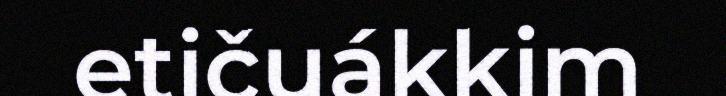
etičuákkim